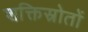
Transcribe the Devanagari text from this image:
शक्तिस्रोतों